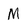
Character: M